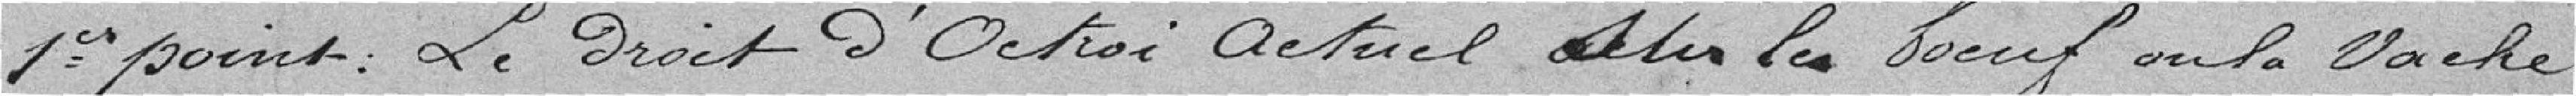
1er point: Le droit d'Octroi actuel sur le boeuf ou la vache